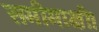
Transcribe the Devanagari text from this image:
समीमाक्षी।